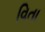
વિતા